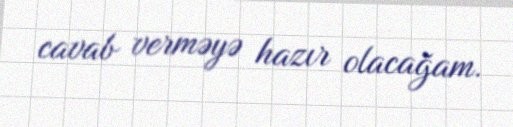
cavab verməyə hazır olacağam.